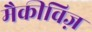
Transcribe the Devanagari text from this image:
मैकीविज़